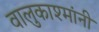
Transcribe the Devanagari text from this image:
वालुकाश्मांनी